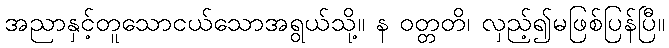
အညာနှင့်တူသောငယ်သောအရွယ်သို့။ န ဝတ္တတိ၊ လှည့်၍မဖြစ်ပြန်ပြီ။